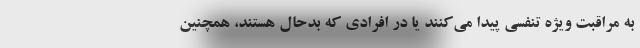
به مراقبت ویژه تنفسی پیدا می‌کنند یا در افرادی که بدحال هستند، همچنین